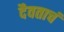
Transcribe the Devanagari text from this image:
दैवताचं